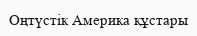
Оңтүстік Америка құстары